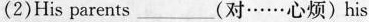
(2) His parents ___ (对……心烦) his